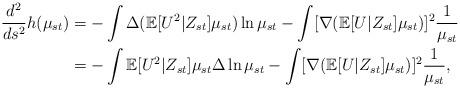
LaTeX: \begin{align*}\frac{d^2}{ds^2}h(\mu_{st})&=-\int\Delta(\mathbb{E}[U^2|Z_{st}]\mu_{st})\ln\mu_{st}-\int[\nabla(\mathbb{E}[U|Z_{st}]\mu_{st})]^2\frac1{\mu_{st}}\\&=-\int\mathbb{E}[U^2|Z_{st}]\mu_{st}\Delta\ln\mu_{st}-\int[\nabla(\mathbb{E}[U|Z_{st}]\mu_{st})]^2\frac1{\mu_{st}},\end{align*}